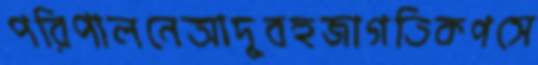
পরিপালনেআদুবহুজাগতিকপসে